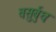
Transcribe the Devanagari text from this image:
वसुर्बुधः